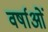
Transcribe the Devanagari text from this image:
वर्षाओं